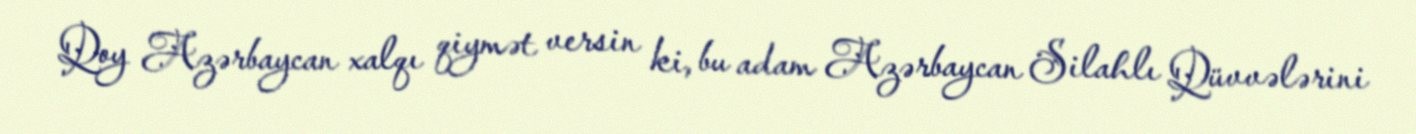
Qoy Azərbaycan xalqı qiymət versin ki, bu adam Azərbaycan Silahlı Qüvvələrini